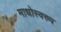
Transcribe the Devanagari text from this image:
माधोस्वरुप